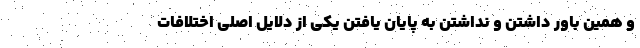
و همین باور داشتن و نداشتن به پایان یافتن یکی از دلایل اصلی اختلافات